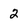
Character: 2